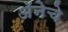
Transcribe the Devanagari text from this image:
अॅनेचे